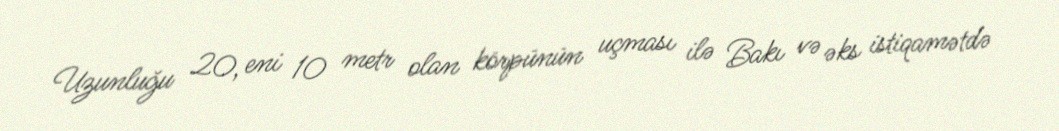
Uzunluğu 20, eni 10 metr olan körpünün uçması ilə Bakı və əks istiqamətdə